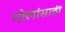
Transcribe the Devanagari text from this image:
गोलांसाठी